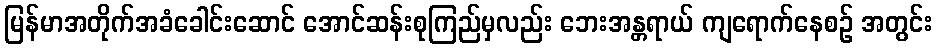
မြန်မာအတိုက်အခံခေါင်းဆောင် အောင်ဆန်းစုကြည်မှလည်း ဘေးအန္တရာယ် ကျရောက်နေစဉ် အတွင်း